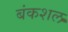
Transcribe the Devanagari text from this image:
बंकशल